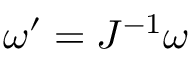
\omega ^ { \prime } = J ^ { - 1 } \omega